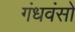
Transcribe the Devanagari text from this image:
गंधवंसो